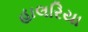
હાલરિયા